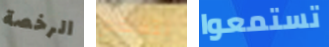
الرخصة نتفهم تستمعوا